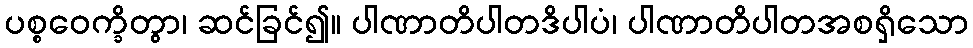
ပစ္စဝေက္ခိတွာ၊ ဆင်ခြင်၍။ ပါဏာတိပါတဒိပါပံ၊ ပါဏာတိပါတအစရှိသော